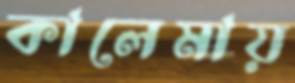
কালেমায়